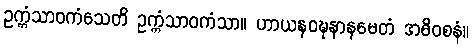
ဥက္ကံသာဝကံသေတိ ဥက္ကံသာဝကံသာ။ ဟာယနဝဍ္ဎနာနမေတံ အဓိဝစနံ။